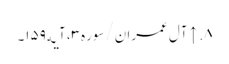
۸. ↑ آل عمران/سوره۳، آیه۱۵۹۔